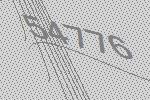
54776